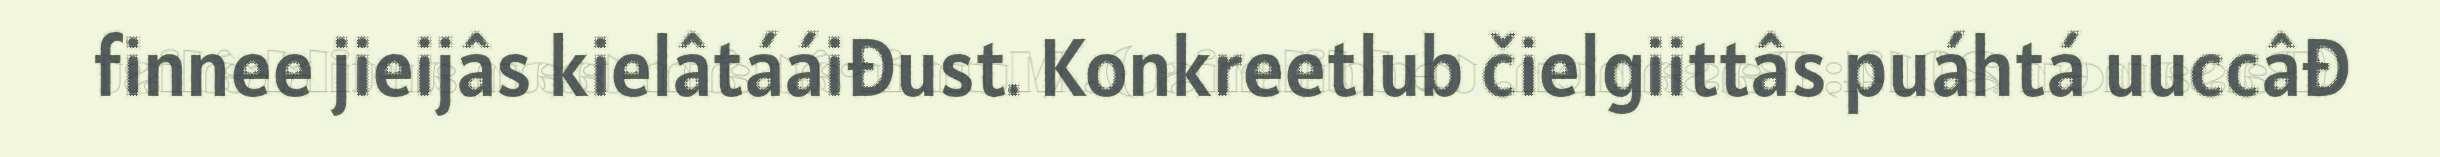
finnee jieijâs kielâtááiđust. Konkreetlub čielgiittâs puáhtá uuccâđ